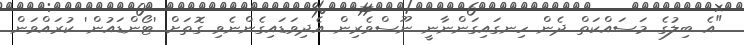
"އެ ބިލުގެ މަސައްކަތް ދެން ހިނގައިގަންނާނީ ނޫސްވެރިން އެދިވަޑައިގެންނެވި ގޮތަށް 'ޓޯންޑައުން' ކުރައްވަން